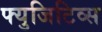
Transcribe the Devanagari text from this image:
फ्युजिटिव्स